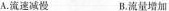
A.流速减慢 B.流速增加